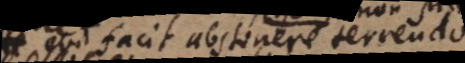
qui facit abstinere terrendo.